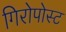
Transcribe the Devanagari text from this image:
गिरोपोस्ट